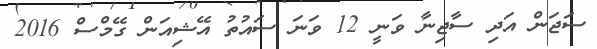
ސަޖަން އަދި ސާޖިނާ ވަނީ 12 ވަނަ ސައުތު އޭޝިއަން ގޭމްސް 2016